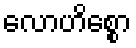
လောဟိစ္စော